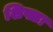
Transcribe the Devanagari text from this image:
शिफ्टा